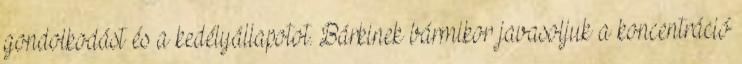
gondolkodást és a kedélyállapotot. Bárkinek bármikor javasoljuk a koncentráció